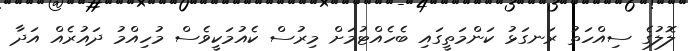
ލޮލުގެ ސިއްހަތު ރަނގަޅު ކަންމަތީގައި ބެހެއްޓުމަށް މިރުސް ކެއުމަކީވެސް މުހިއްމު ދައުރެއް އަދާ